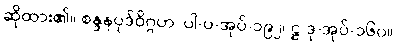
ဆိုထား၏။ စန္ဒနပုဒ်ဝိဂ္ဂဟ၊ ပါ-ပ-အုပ်-၁၉၂၊ ဋ္ဌ-ဒု-အုပ်-၁၆၀။